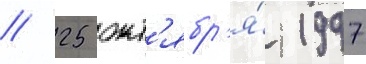
// 25 окт'ябр'я́ 1997